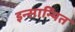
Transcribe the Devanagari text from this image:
इन्सान्यित